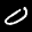
Label: 0